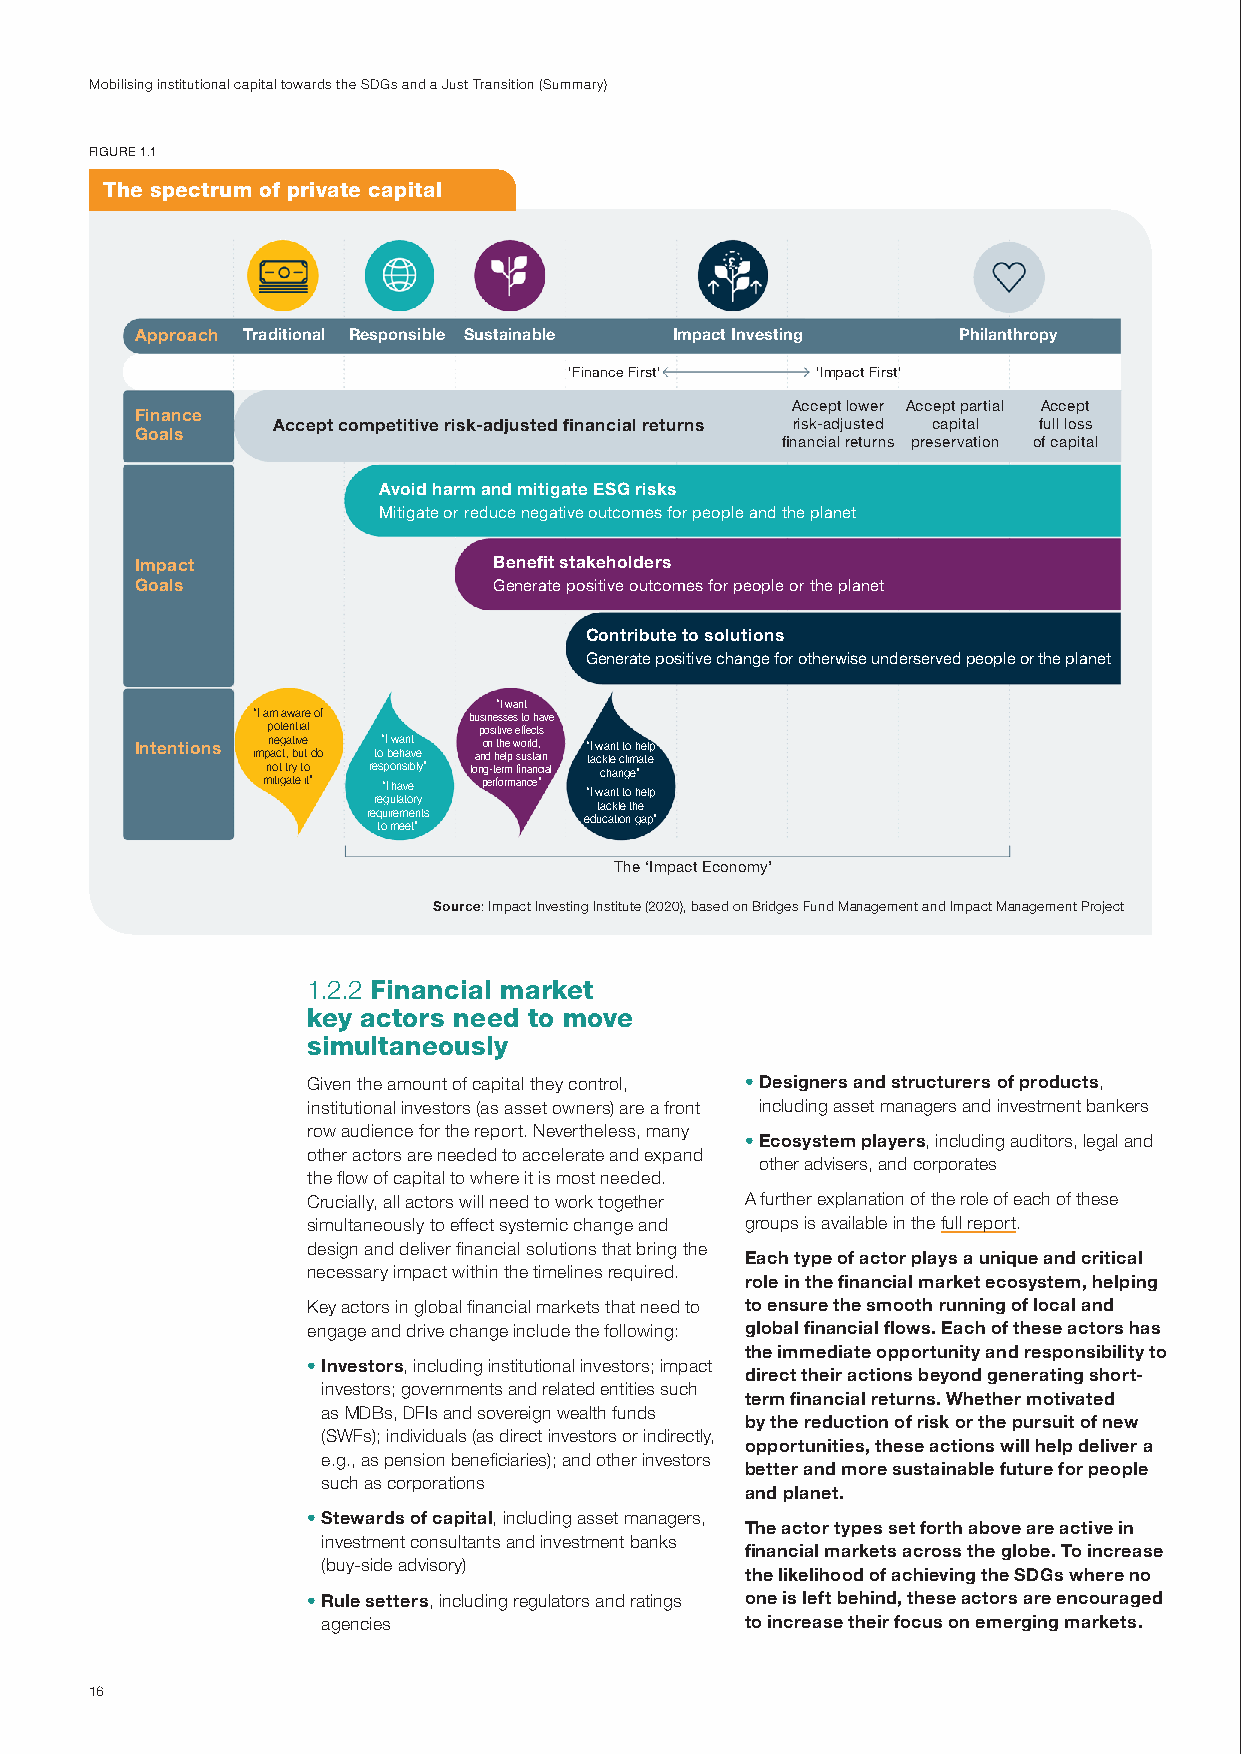
mobilising institutional capital towards the sdGs and a Just transition (summary)
 Figure 1.1
 the spectrum of private capital
 Approach Traditional Responsible Sustainable Impact Investing Philanthropy
 'Finance First' 'impact First'
 Accept lower Accept partial Accept
 Finance
 Accept competitive risk-adjusted financial returns risk-adjusted capital full loss
 Goals
 financial returns preservation of capital
 Avoid harm and mitigate ESG risks
 Mitigate or reduce negative outcomes for people and the planet
 Impact                  Benefit stakeholders
 Goals                   generate positive outcomes for people or the planet
 Contribute to solutions
 generate positive change for otherwise underserved people or the planet
 “i want
 “i am aware of businesses to have
 potential     positive effects
 Intentions negative “i want on the world, “i want to help
 impact, but do to behave and help sustain tackle climate
 not try to responsibly” long-term financial change”
 mitigate it” “i have performance”
 “i want to help
 regulatory
 tackle the
 requirements
 education gap”
 to meet”
 The ‘impact economy’
 Source: impact investing institute (2020), based on Bridges Fund management and impact management project
 1.2.2 Financial market
 key actors need to move
 simultaneously
 Given the amount of capital they control, • Designers and structurers of products,
 institutional investors (as asset owners) are a front including asset managers and investment bankers
 row audience for the report. nevertheless, many
 • Ecosystem players, including auditors, legal and
 other actors are needed to accelerate and expand
 other advisers, and corporates
 the flow of capital to where it is most needed.
 crucially, all actors will need to work together A further explanation of the role of each of these
 simultaneously to effect systemic change and groups is available in the full report.
 design and deliver financial solutions that bring the
 Each type of actor plays a unique and critical
 necessary impact within the timelines required.
 role in the financial market ecosystem, helping
 Key actors in global financial markets that need to to ensure the smooth running of local and
 engage and drive change include the following: global financial flows. Each of these actors has
 the immediate opportunity and responsibility to
 • Investors, including institutional investors; impact
 direct their actions beyond generating short-
 investors; governments and related entities such
 term financial returns. Whether motivated
 as mdBs, dFis and sovereign wealth funds
 by the reduction of risk or the pursuit of new
 (sWFs); individuals (as direct investors or indirectly,
 opportunities, these actions will help deliver a
 e.g., as pension beneficiaries); and other investors
 better and more sustainable future for people
 such as corporations
 and planet.
 • Stewards of capital, including asset managers,
 The actor types set forth above are active in
 investment consultants and investment banks
 financial markets across the globe. To increase
 (buy-side advisory)
 the likelihood of achieving the SDGs where no
 • Rule setters, including regulators and ratings one is left behind, these actors are encouraged
 agencies                    to increase their focus on emerging markets.
 16